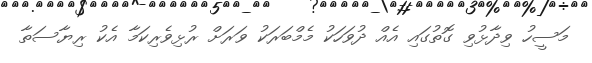
މަސީހު ވިދާޅުވި ގޮތުގައި އެއް ދުވަހަކު މެމްބަރަކު ވަރަށް ރުޅިވެރިކަމާ އެކު ރިޔާސަތާ